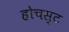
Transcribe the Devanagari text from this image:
होचस्ट